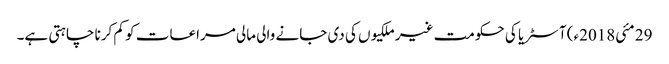
29 مئی2018ء) آسٹریا کی حکومت غیر ملکیوں کی دی جانے والی مالی مراعات کو کم کرنا چاہتی ہے۔